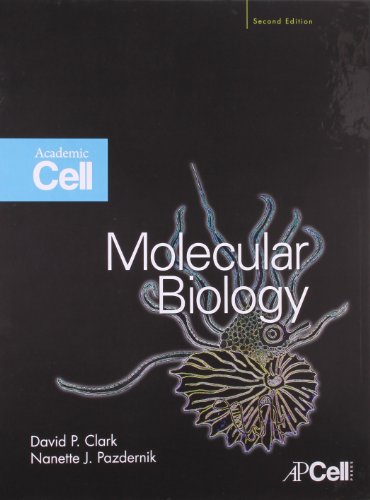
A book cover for Molecular Biology, Second Edition; David P. Clark; Science & Math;